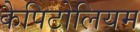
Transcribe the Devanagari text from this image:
कैपिटोलियम